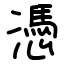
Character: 憑